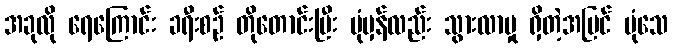
အခုလို ရေကြောင်း ခရီးစဉ် တိုတောင်းပြီး ပုံမှန်လည်း သွားလာမှု ရှိတဲ့အပြင် ပုံသေ